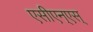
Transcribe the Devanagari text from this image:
एसीएन्एस्